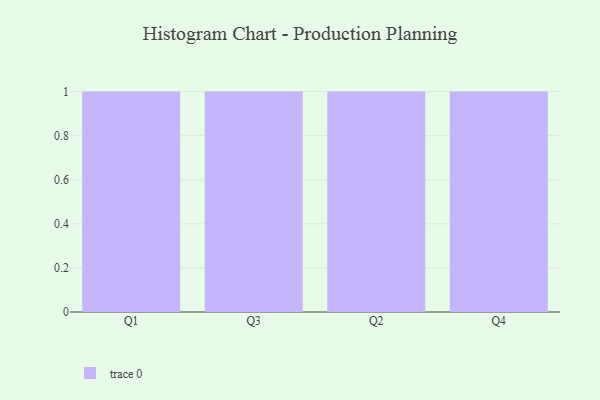
{"axis": {"x": "Quarter", "y": "Page Views"}, "legend": [""], "data": [{"x": "Q1", "y": 66, "type": ""}, {"x": "Q3", "y": 46, "type": ""}, {"x": "Q2", "y": 87, "type": ""}, {"x": "Q4", "y": 35, "type": ""}]}